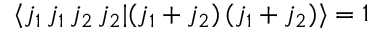
\langle j _ { 1 } \, j _ { 1 } \, j _ { 2 } \, j _ { 2 } | ( j _ { 1 } + j _ { 2 } ) \, ( j _ { 1 } + j _ { 2 } ) \rangle = 1